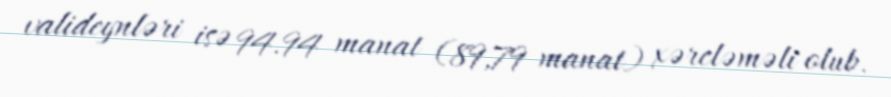
valideynləri isə 94.94 manat (89,79 manat) xərcləməli olub.